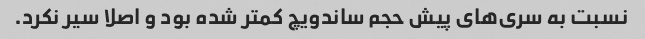
نسبت به سری‌های پیش حجم ساندویچ کمتر شده بود و اصلا سیر نکرد.